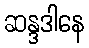
ဆန္ဒဒါနေ